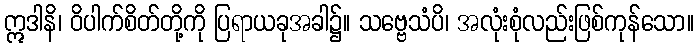
ဣဒါနိ၊ ဝိပါက်စိတ်တို့ကို ပြရာယခုအခါ၌။ သဗ္ဗေသံပိ၊ အလုံးစုံလည်းဖြစ်ကုန်သော။